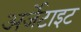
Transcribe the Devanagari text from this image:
अर्जेटाइट